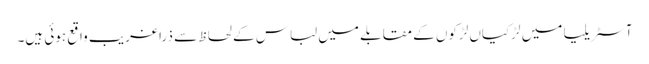
آسٹریلیا میں لڑکیاں لڑکوں کے مقابلے میں لباس کے لحاظ سے ذرا غریب واقع ہوئی ہیں۔